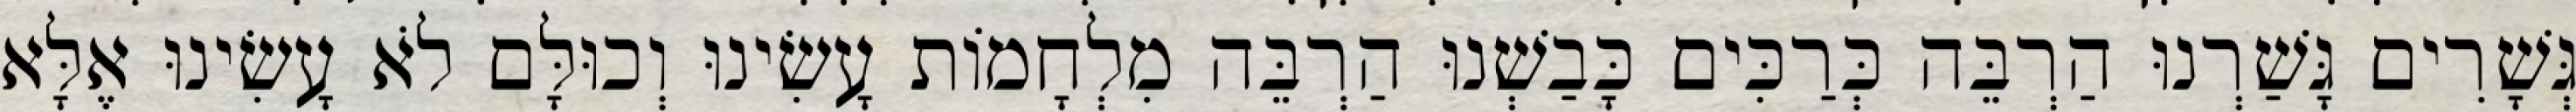
גְּשָׁרִים גָּשַׁרְנוּ הַרְבֵּה כְּרַכִּים כָּבַשְׁנוּ הַרְבֵּה מִלְחָמוֹת עָשִׂינוּ וְכוּלָּם לֹא עָשִׂינוּ אֶלָּא